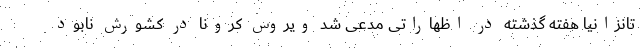
تانزانیا هفته گذشته در اظهاراتی مدعی شد ویروس کرونا در کشورش نابود